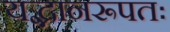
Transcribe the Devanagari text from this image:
यद्भानरूपतः